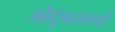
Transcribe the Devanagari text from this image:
औदुंबरालाही